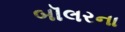
બૉલરના